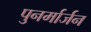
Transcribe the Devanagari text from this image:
पुनर्मार्जन